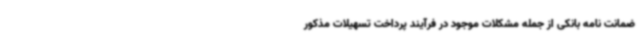
ضمانت نامه بانکی از جمله مشکلات موجود در فرآیند پرداخت تسهیلات مذکور